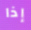
إذا